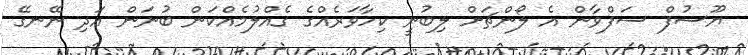
ޔޫސުފް ސަފްވާން އެ ލޯންޗަށް ލިބުނީ ކިހާވަރެއްގެ ގެއްލުމެއްކަން ބުނަން އަދި ނޭނގޭ